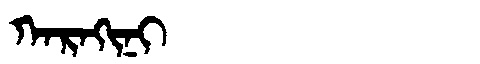
Manchu: ᡴᠠᡵᠠᡴᡳᠨᡳ
Romanization: KARAKINI